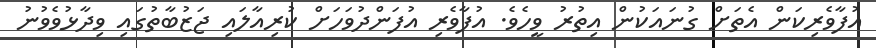
އުފާވެރިކަން އެތަށް ގުނައަކުން އިތުރު ވީހެވެ. އުފާވެރި އުފަންދުވަހަށް ކުރިއާލައި ޖަޒުބާތުގައި ވިދާޅުވެވުނު